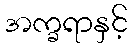
အက္ခရာနှင့်